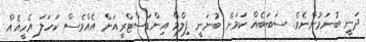
ދަނީ ބުނަމުންނެވެ. ސަބަބެއް ކަމަށް ބުނަނީ ފިލްމް އިންޑަސްޓްރީއަށް އެއްވެސް ކަހަލަ އެހީއެއް